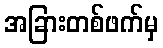
အခြားတစ်ဖက်မှ